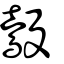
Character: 鷇